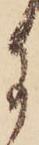
に